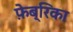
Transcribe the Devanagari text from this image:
फ़ेब्रिका